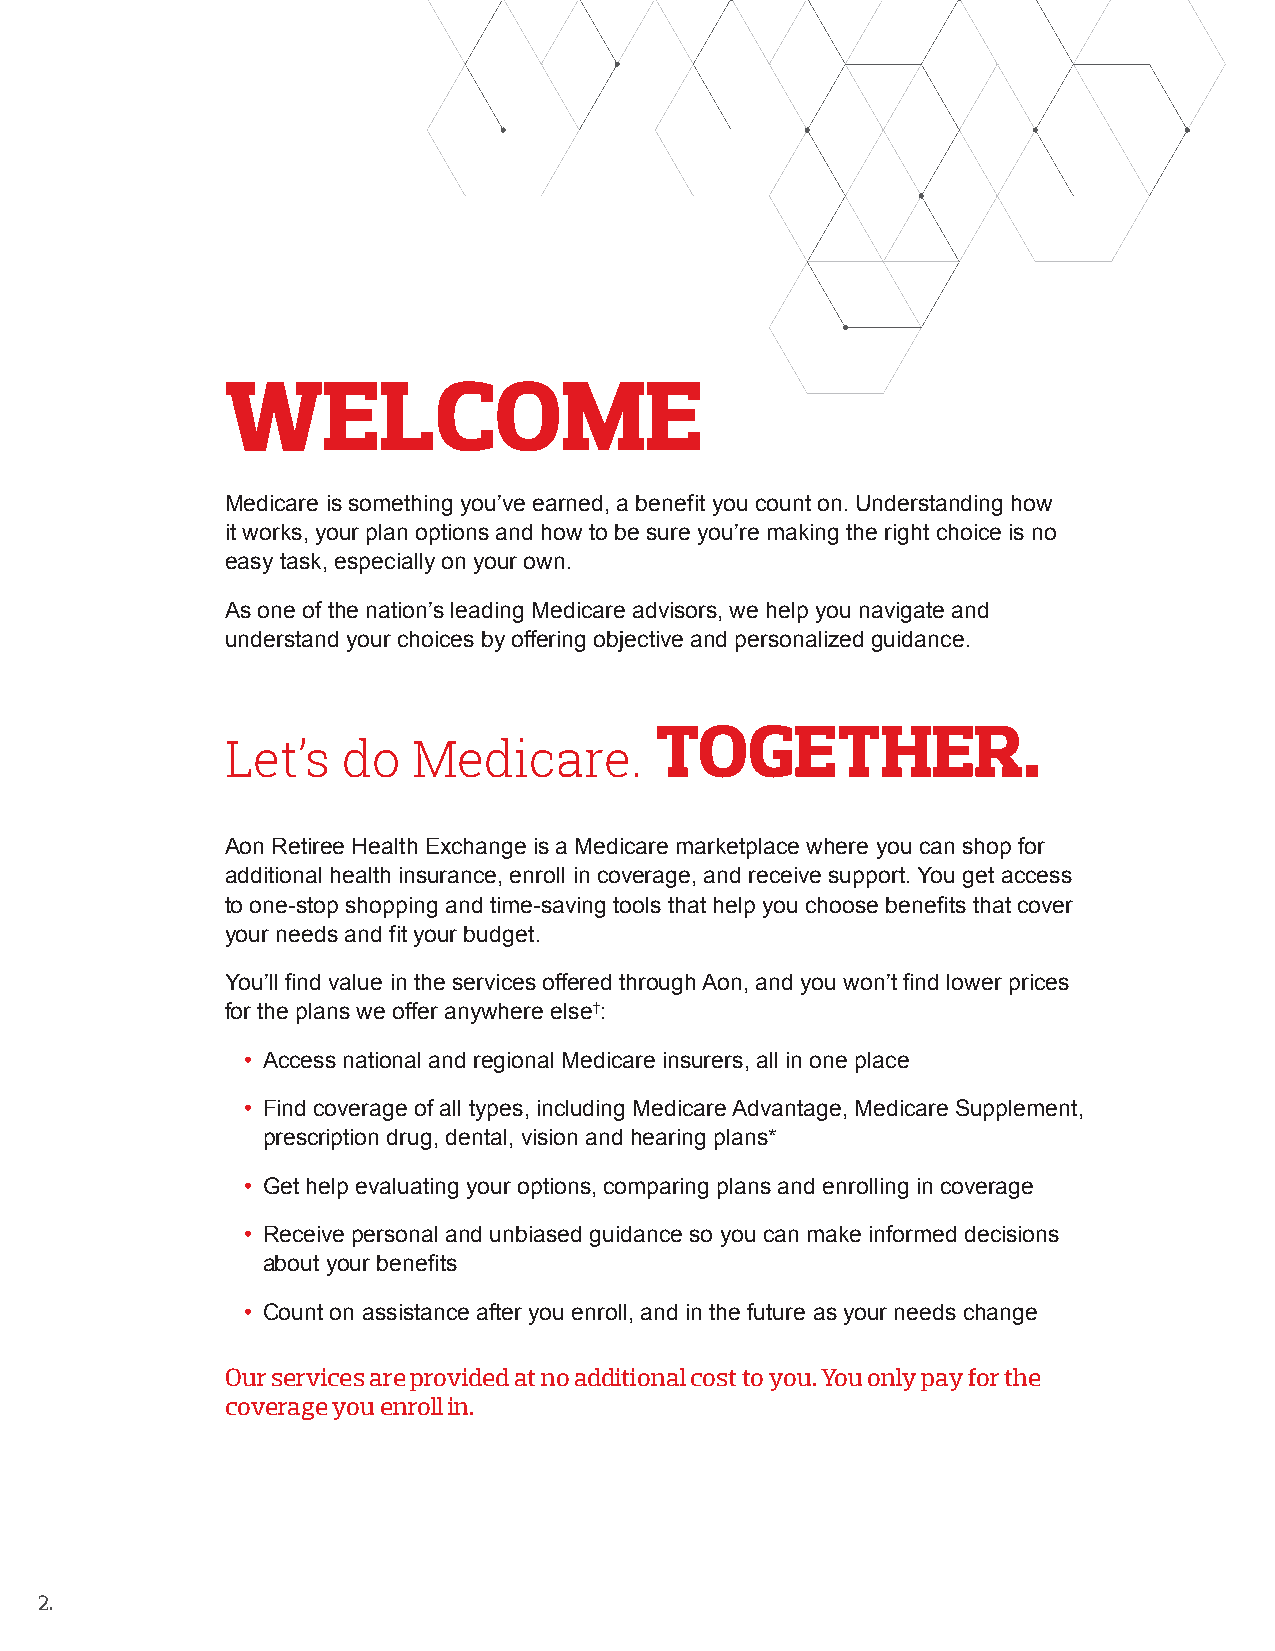
WELCOME
 Medicare is something you’ve earned, a benefit you count on. Understanding how
 it works, your plan options and how to be sure you’re making the right choice is no
 easy task, especially on your own.
 As one of the nation’s leading Medicare advisors, we help you navigate and
 understand your choices by offering objective and personalized guidance.
 TOGETHER.
 Let’s   do  Medicare.
 Aon Retiree Health Exchange is a Medicare marketplace where you can shop for
 additional health insurance, enroll in coverage, and receive support. You get access
 to one-stop shopping and time-saving tools that help you choose benefits that cover
 your needs and fit your budget.
 You’ll find value in the services offered through Aon, and you won’t find lower prices
 for the plans we offer anywhere else†:
 • Access national and regional Medicare insurers, all in one place
 • Find coverage of all types, including Medicare Advantage, Medicare Supplement,
 prescription drug, dental, vision and hearing plans*
 • Get help evaluating your options, comparing plans and enrolling in coverage
 • Receive personal and unbiased guidance so you can make informed decisions
 about your benefits
 • Count on assistance after you enroll, and in the future as your needs change
 Our services are provided at no additional cost to you. You only pay for the
 coverage you enroll in.
 2.